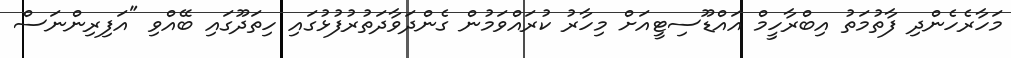
މަހާރެހެންދި ފާތުމަތު އިބްރާހީމް އައްޑޫސިޓީއަށް މިހާރު ކުރައްވަމުން ގެންދަވާދަތުރުފުޅުގައި ހިތަދޫގައި ބޭއްވި "އަފިރިންނަސް